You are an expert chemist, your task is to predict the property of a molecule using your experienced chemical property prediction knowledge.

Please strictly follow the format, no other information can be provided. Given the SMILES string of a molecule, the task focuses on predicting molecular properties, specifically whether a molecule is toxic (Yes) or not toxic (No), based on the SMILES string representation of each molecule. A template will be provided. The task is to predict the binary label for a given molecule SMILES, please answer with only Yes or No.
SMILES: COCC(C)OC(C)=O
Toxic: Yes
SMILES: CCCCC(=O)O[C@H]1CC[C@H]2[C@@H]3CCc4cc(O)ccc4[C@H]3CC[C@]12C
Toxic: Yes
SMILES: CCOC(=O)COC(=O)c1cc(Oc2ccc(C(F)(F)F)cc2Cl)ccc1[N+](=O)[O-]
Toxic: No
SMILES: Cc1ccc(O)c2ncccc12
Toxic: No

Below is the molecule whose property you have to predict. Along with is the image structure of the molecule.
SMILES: CSc1nc2cc(Cl)c(Oc3cccc(Cl)c3Cl)cc2[nH]1
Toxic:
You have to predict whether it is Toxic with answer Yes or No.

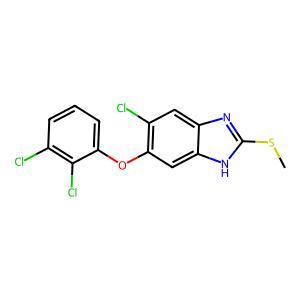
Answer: No